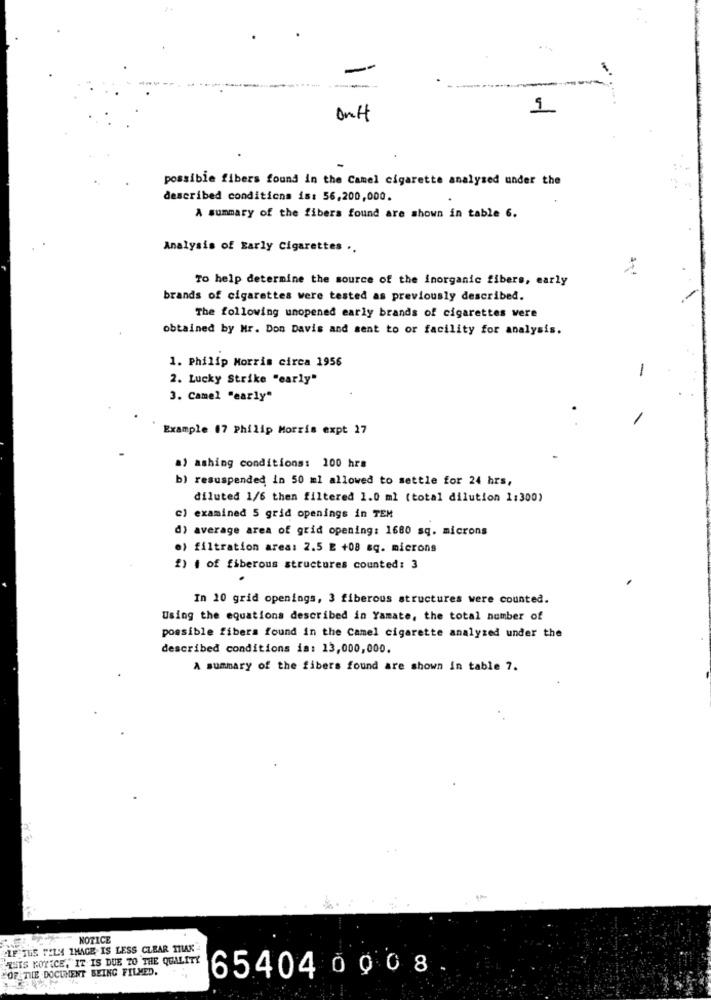
---
possible fibers found in the Camel cigarette analysed under the
described conditions is: 56,200,000.
A summary of the fibers found are shown in table 6.
Analysis of Early Cigarettes ..
To help determine the source of the inorganic fibers, early
brands of cigarettes were tested as previously described.
The following unopened early brands of cigarettes were
obtained by Mr. Don Davis and sent to or facility for analysis.
1. Philip Morris circa 1956
2. Lucky Strike "early"
-
3. Camel "early"
Example 17 Philip Morris expt 27
a) ashing conditions: 100 hrs
b) resuspended in 50 ml allowed to settle for 24 hrs,
diluted 1/6 then filtered 1.0 ml (total dilution 1:300)
c) examined 5 grid openings in TEM
d) average area of grid opening: 1680 sq. microns
e) filtration area: 2.5 E +08 sq. microns
2) i of fiberous structures counted: 3
In 10 grid openings, 3 fiberous structures were counted.
Using the equations described in Yamate, the total number of
possible fibers found in the Camel cigarette analyzed under the
described conditions is: 13,000,000.
A summary of the fibers found are shown in table 7.
NOTICE
IF TUS PELA IMAGE IS LESS CLEAR MAK
THIS NOTICE, IT IS DUE TO THE QUALITY
OF THE DOCUMENT BEING FILMED.
65404 0908